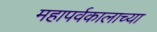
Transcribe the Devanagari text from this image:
महापर्वकालाच्या